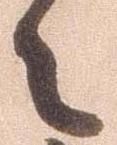
々